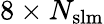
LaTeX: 8\times N_{\mathrm{{slm}}}